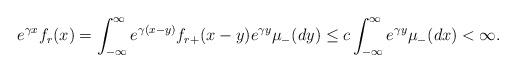
LaTeX: \begin{align*} e^{\gamma x} f_r(x)= \int_{-\infty}^\infty e^{\gamma (x-y)} f_{r+}(x-y) e^{\gamma y} \mu_-(dy) \le c \int_{-\infty}^\infty e^{\gamma y}\mu_-(dx)<\infty. \end{align*}